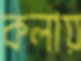
কলায়